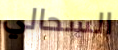
السحالي